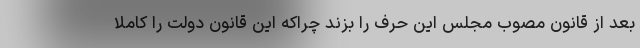
بعد از قانون مصوب مجلس این حرف را بزند چراکه این قانون دولت را کاملا